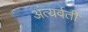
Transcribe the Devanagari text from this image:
अंत्यर्वर्ती